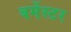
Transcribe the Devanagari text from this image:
बर्मेस्टर